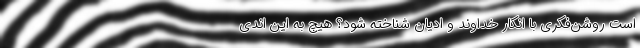
است روشن‌فکری با انکار خداوند و ادیان شناخته شود؟ هیچ به این اندی